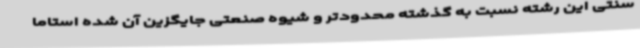
سنتی این رشته نسبت به گذشته محدودتر و شیوه صنعتی جایگزین آن شده استاما